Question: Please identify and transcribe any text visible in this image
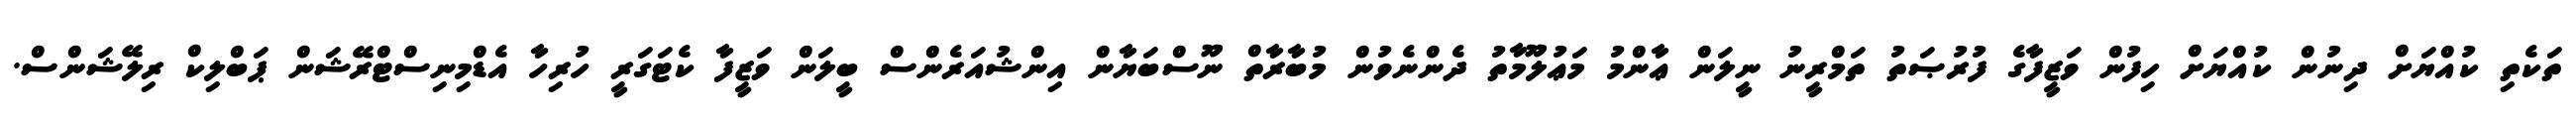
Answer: ތަކެތި ކުއްޔަށް ދިނުން ކުއްޔަށް ހިފުން ވަޒީފާގެ ފުރުޞަތު ތަމްރީނު ނީލަން ޢާންމު މަޢުލޫމާތު ދެންނެވުން މުބާރާތް ނޫސްބަޔާން އިންޝުއަރެންސް ބީލަން ވަޒީފާ ކެޓަގަރީ ހުރިހާ އެޑްމިނިސްޓްރޭޝަން ޕަބްލިކް ރިލޭޝަންސް.